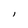
Character: I